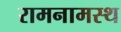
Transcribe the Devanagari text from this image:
रामनामस्थ